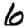
Digit: 6